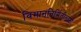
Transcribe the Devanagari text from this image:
विमाननिर्मितीसाठी